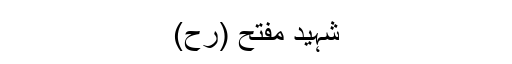
شہید مفتح (رح)